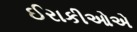
ઈરાકીઓએ